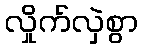
လှိုက်လှဲစွာ